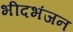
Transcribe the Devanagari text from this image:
भीदभंजन